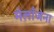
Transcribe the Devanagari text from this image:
मेलाँजेना